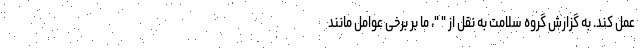
عمل کند. به گزارش گروه سلامت به نقل از " "، ما بر برخی عوامل مانند